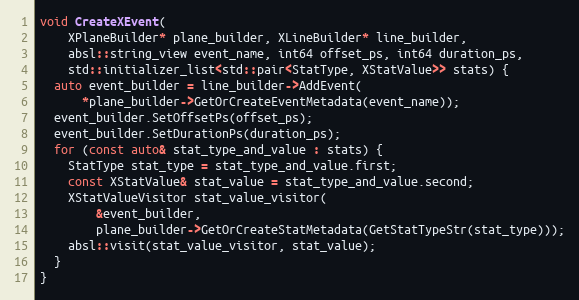
Language: C++
void CreateXEvent(
    XPlaneBuilder* plane_builder, XLineBuilder* line_builder,
    absl::string_view event_name, int64 offset_ps, int64 duration_ps,
    std::initializer_list<std::pair<StatType, XStatValue>> stats) {
  auto event_builder = line_builder->AddEvent(
      *plane_builder->GetOrCreateEventMetadata(event_name));
  event_builder.SetOffsetPs(offset_ps);
  event_builder.SetDurationPs(duration_ps);
  for (const auto& stat_type_and_value : stats) {
    StatType stat_type = stat_type_and_value.first;
    const XStatValue& stat_value = stat_type_and_value.second;
    XStatValueVisitor stat_value_visitor(
        &event_builder,
        plane_builder->GetOrCreateStatMetadata(GetStatTypeStr(stat_type)));
    absl::visit(stat_value_visitor, stat_value);
  }
}